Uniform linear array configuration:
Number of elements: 32
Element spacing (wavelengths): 0.75
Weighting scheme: blackman
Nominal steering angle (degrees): -15
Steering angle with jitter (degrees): -16.903
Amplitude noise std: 0.05
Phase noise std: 0.05

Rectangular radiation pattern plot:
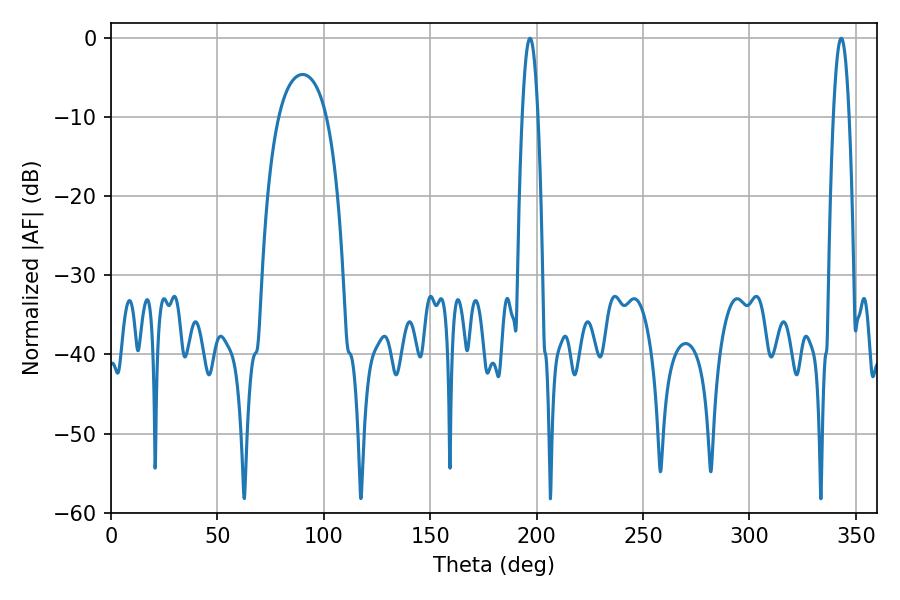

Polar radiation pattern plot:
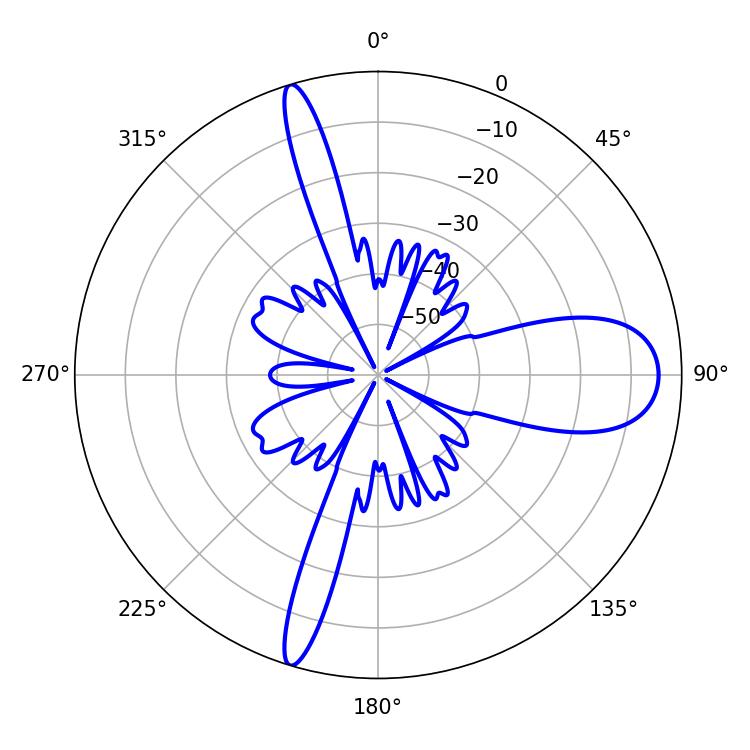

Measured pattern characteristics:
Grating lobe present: TRUE
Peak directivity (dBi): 15.081
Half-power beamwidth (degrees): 3.96
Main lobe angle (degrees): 343.08